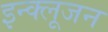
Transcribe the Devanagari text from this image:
इन्क्लूजन